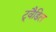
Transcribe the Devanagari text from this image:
ट्वैडिल